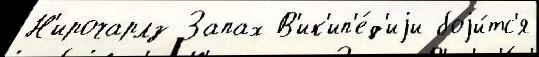
Н'ирочарлз Запах В'ик'ип'е́д'иjи боjи́тс'я